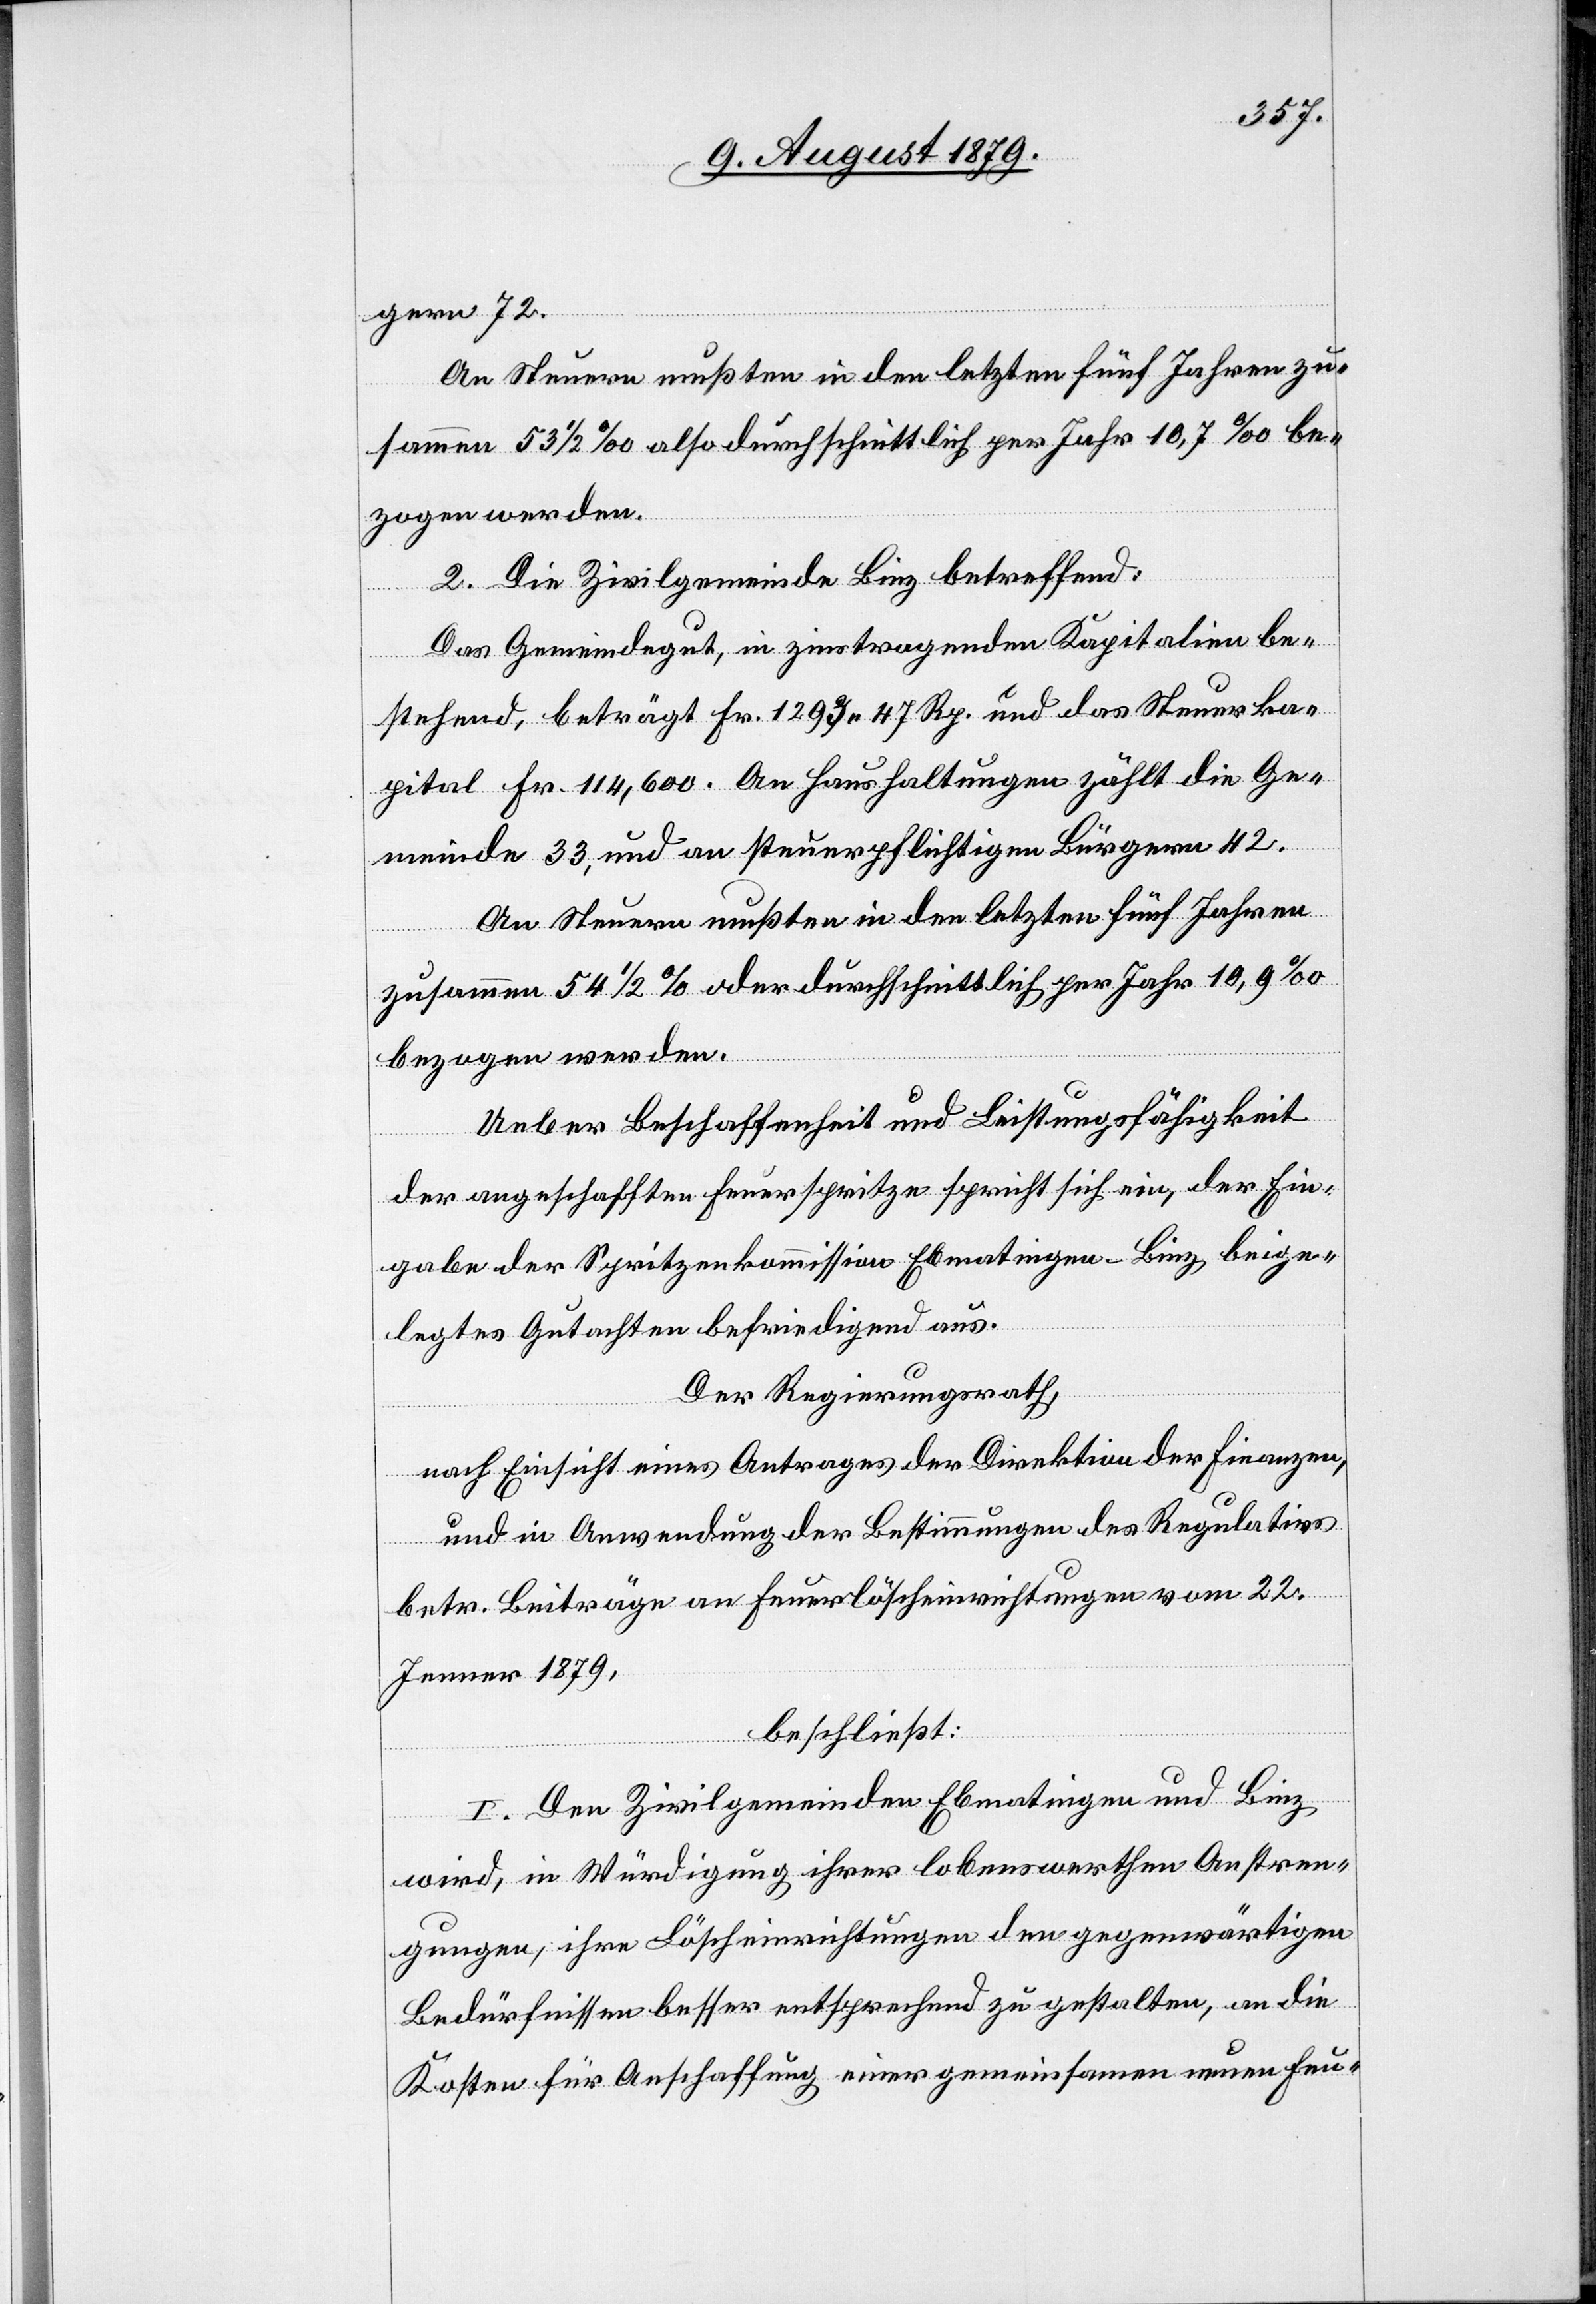
gern 72.
An Steuern mußten in den letzten fünf Jahren zu¬
sammen 53 1/2‰ also durchschnittlich per Jahr 10,7‰ be¬
zogen werden.
2. Die Zivilgemeinde Binz betreffend:
Das Gemeindegut, in zinstragenden Kapitalien be¬
stehend, beträgt Fr. 1293 47 Rp. und das Steuerka¬
pital Fr. 114,600. An Haushaltungen zählt die Ge¬
meinde 33, und an steuerpflichtigen Bürgern 42.
An Steuern mußten in den letzten fünf Jahren
zusammen 54 1/2‰ oder durchschnittlich per Jahr 10,9‰
bezogen werden.
Ueber Beschaffenheit und Leistungsfähigkeit
der angeschafften Feuerspritze spricht sich ein, der Ein¬
gabe der Spritzenkommission Ebmatingen-Binz beige¬
legtes Gutachten befriedigend aus.
Der Regierungsrath,
nach Einsicht eines Antrages der Direktion der Finanzen,
und in Anwendung der Bestimmungen des Regulativs
betr. Beiträge an Feuerlöscheinrichtungen vom 22.
Jenner 1879,
beschließt:
I. Der Zivilgemeinde Ebmatingen und Binz
wird, in Würdigung ihrer lobenswerthen Anstren¬
gungen, ihre Löscheinrichtungen den gegenwärtigen
Bedürfnissen besser entsprechend zu gestalten, an die
Kosten für Anschaffung einer gemeinsamen neuen Feu-